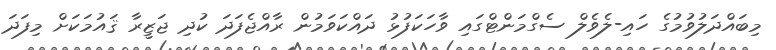
މިބައްދަލުވުމުގެ ހައި-ލެވެލް ސެގްމަންޓްގައި ވާހަކަފުޅު ދައްކަވަމުން ރާއްޖެފަދަ ކުދި ޖަޒީރާ ޤައުމަކަށް މިފަދަ